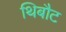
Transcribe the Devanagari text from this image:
थिबौट